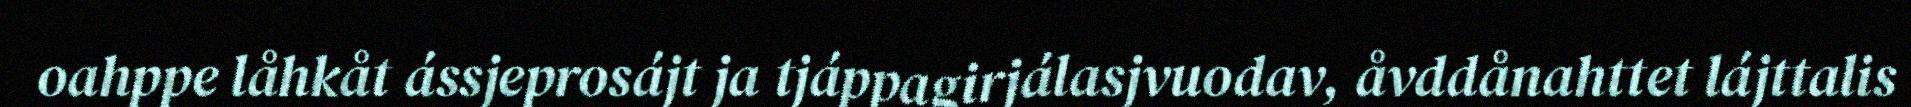
oahppe låhkåt ássjeprosájt ja tjáppagirjálasjvuodav, åvddånahttet lájttalis